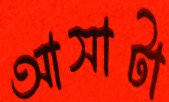
আসাটা